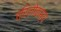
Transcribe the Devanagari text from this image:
त्रिलोकस्य